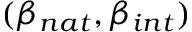
( \beta _ { n a t } , \beta _ { i n t } )